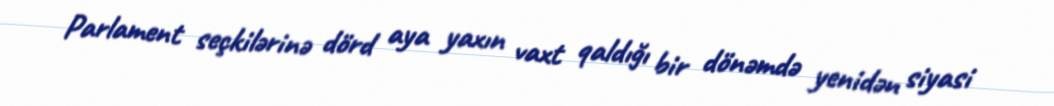
Parlament seçkilərinə dörd aya yaxın vaxt qaldığı bir dönəmdə yenidən siyasi